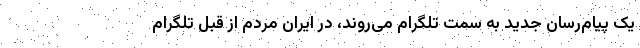
یک پیام‌رسان جدید به سمت تلگرام می‌روند، در ایران مردم از قبل تلگرام